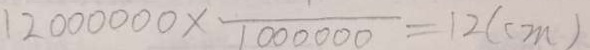
1 2 0 0 0 0 0 0 \times \frac { 1 } { 1 0 0 0 0 0 0 } = 1 2 ( c m )